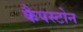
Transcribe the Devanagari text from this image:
कैपस्टोन